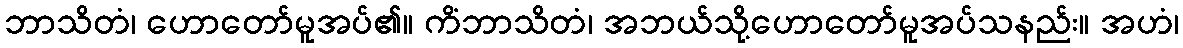
ဘာသိတံ၊ ဟောတော်မူအပ်၏။ ကိံဘာသိတံ၊ အဘယ်သို့ဟောတော်မူအပ်သနည်း။ အဟံ၊